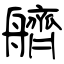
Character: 艩